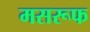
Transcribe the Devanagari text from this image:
मसरूफ